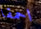
احمقا